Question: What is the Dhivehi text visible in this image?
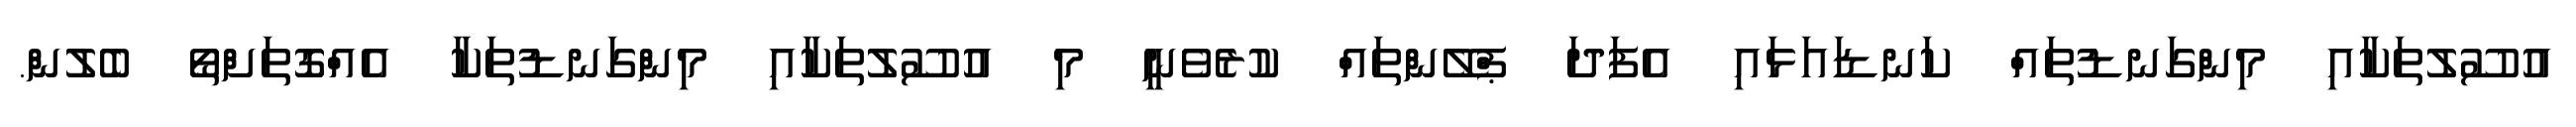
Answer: އުސޫލުތަކާއި މިންގަނޑުތައް ކަނޑައަޅައި އެފަދަ ޕްލޭންތައް ކުރެވެނީ މި އުސޫލުތަކާއި މިންގަނޑުތަކާ އެއްގޮތަށްތޯ ބެލުން.